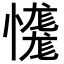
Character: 𢣝